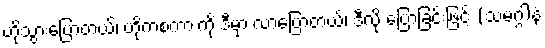
ဟိုသွားပြောတယ်၊ ဟိုကစကားကို ဒီမှာ လာပြောတယ်၊ ဒီလို ပြောခြင်းဖြင့် (သမဂ္ဂါနံ